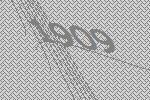
1909